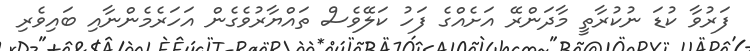
ފަރުވާ ކުޑަ ނުކުރާތީ މާދަންރޭ އަށެއްގެ ފަހު ކަލޭވެސް ތައްޔާރުވެގެން އަހަރެމެންނާއި ބައިވެރި